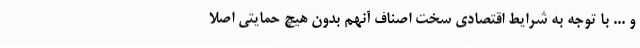
و ... با توجه به شرایط اقتصادی سخت اصناف آنهم بدون هیچ حمایتی اصلا